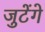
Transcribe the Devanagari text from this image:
जुटेंगे